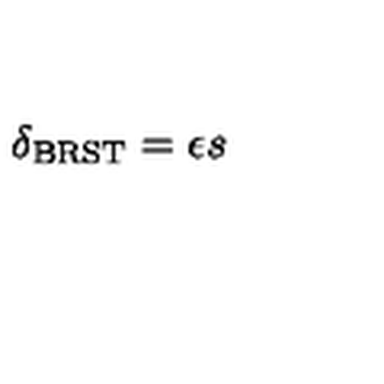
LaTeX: \delta _ { \mathrm { \scriptsize B R S T } } = \epsilon s